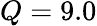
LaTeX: Q=9.0